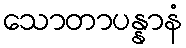
သောတာပန္နာနံ